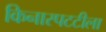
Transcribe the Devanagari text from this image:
किनारपटटीला